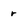
Character: r